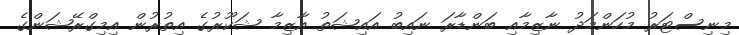
މިނިސްޓަރު މުހަންމަދު ނާޒިމާއި ބަންޑާރަ ނައިބު އައިޝަތު އާޒިމާ ޝަކޫރުގެ އިތުރުން އިމިގްރޭޝަންގެ